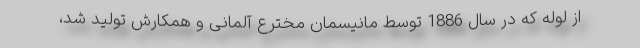
از لوله که در سال 1886 توسط مانیسمان مخترع آلمانی و همکارش تولید شد،